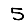
Digit: 5